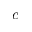
c